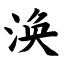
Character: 涣